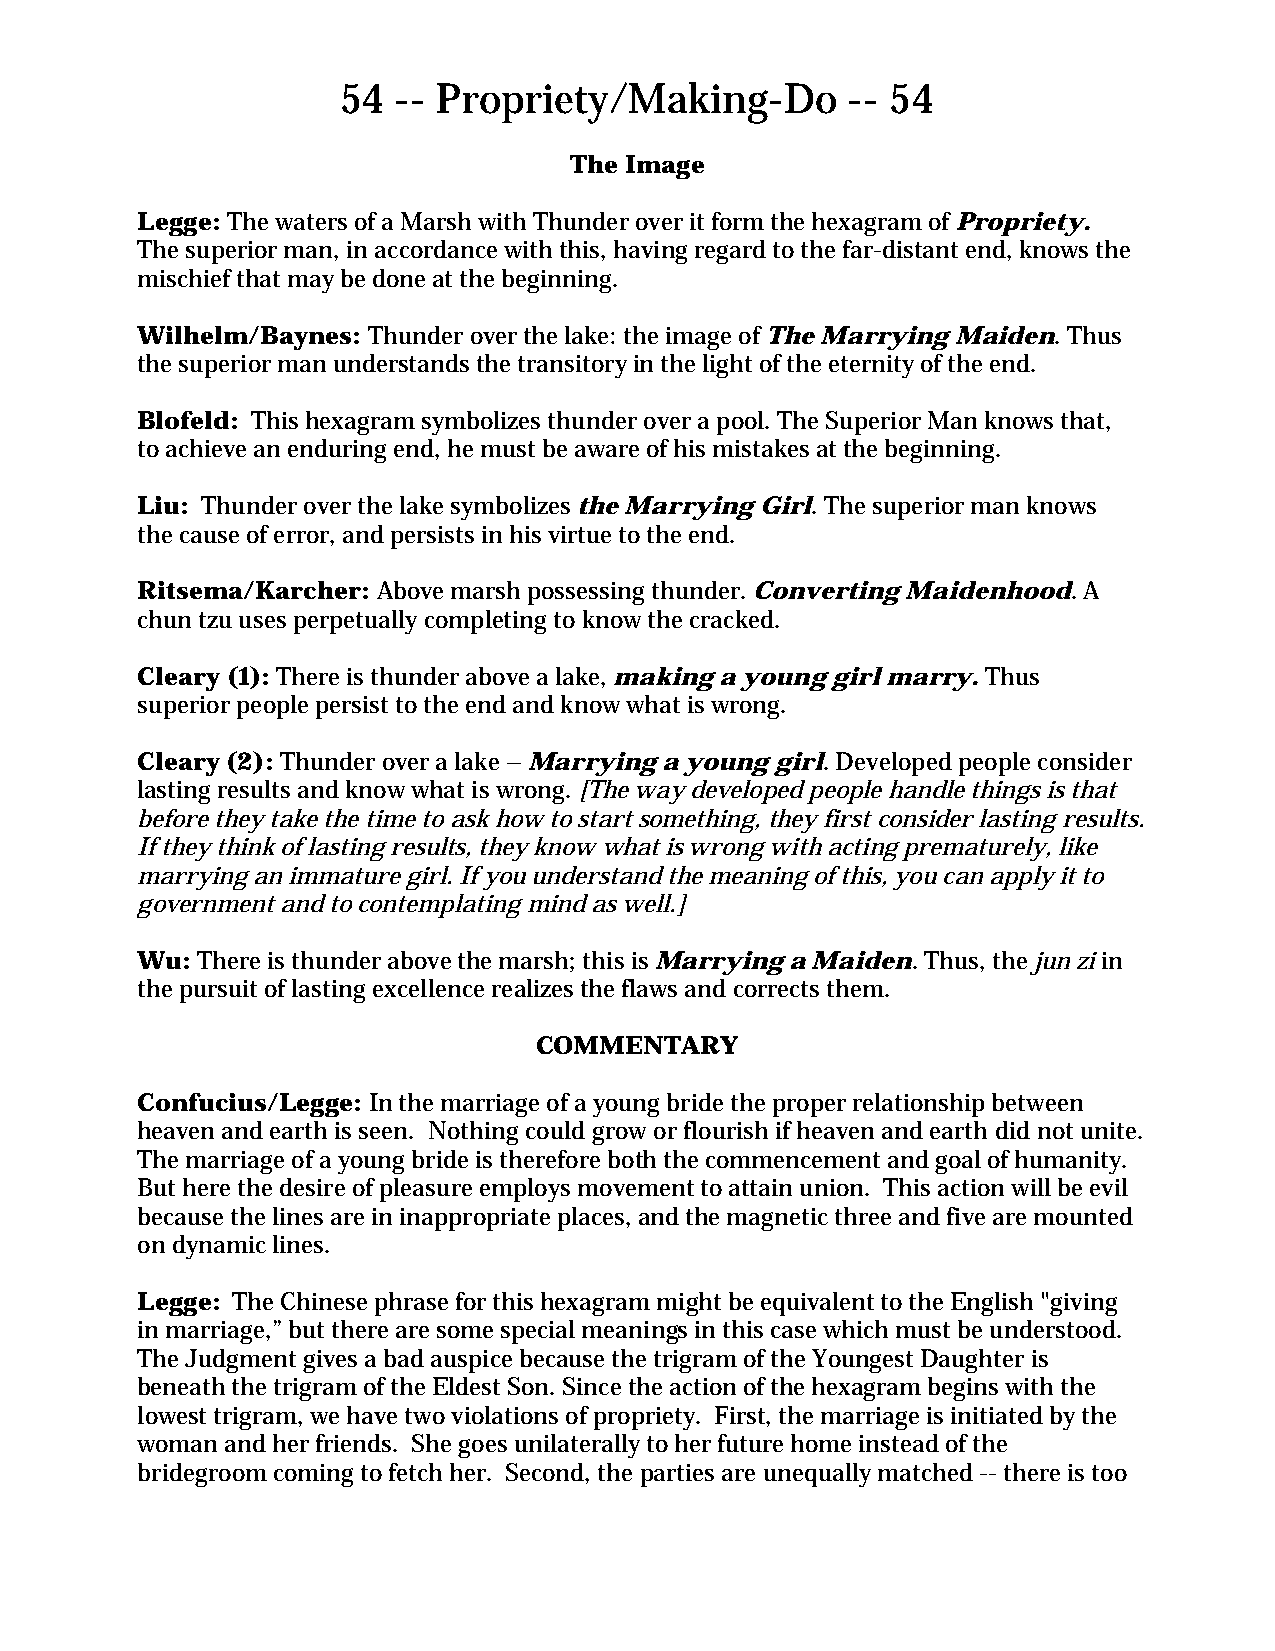
54  -- Propriety/Making-Do        -- 54
 The Image
 Legge: The waters of a Marsh with Thunder over it form the hexagram of Propriety.
 The superior man, in accordance with this, having regard to the far-distant end, knows the
 mischief that may be done at the beginning.
 Wilhelm/Baynes: Thunder over the lake: the image of The Marrying Maiden. Thus
 the superior man understands the transitory in the light of the eternity of the end.
 Blofeld: This hexagram symbolizes thunder over a pool. The Superior Man knows that,
 to achieve an enduring end, he must be aware of his mistakes at the beginning.
 Liu: Thunder over the lake symbolizes the Marrying Girl. The superior man knows
 the cause of error, and persists in his virtue to the end.
 Ritsema/Karcher: Above marsh possessing thunder. Converting Maidenhood. A
 chun tzu uses perpetually completing to know the cracked.
 Cleary (1): There is thunder above a lake, making a young girl marry. Thus
 superior people persist to the end and know what is wrong.
 Cleary (2): Thunder over a lake – Marrying a young girl. Developed people consider
 lasting results and know what is wrong. [The way developed people handle things is that
 before they take the time to ask how to start something, they first consider lasting results.
 If they think of lasting results, they know what is wrong with acting prematurely, like
 marrying an immature girl. If you understand the meaning of this, you can apply it to
 government and to contemplating mind as well.]
 Wu: There is thunder above the marsh; this is Marrying a Maiden. Thus, the jun zi in
 the pursuit of lasting excellence realizes the flaws and corrects them.
 COMMENTARY
 Confucius/Legge: In the marriage of a young bride the proper relationship between
 heaven and earth is seen. Nothing could grow or flourish if heaven and earth did not unite.
 The marriage of a young bride is therefore both the commencement and goal of humanity.
 But here the desire of pleasure employs movement to attain union. This action will be evil
 because the lines are in inappropriate places, and the magnetic three and five are mounted
 on dynamic lines.
 Legge: The Chinese phrase for this hexagram might be equivalent to the English "giving
 in marriage,” but there are some special meanings in this case which must be understood.
 The Judgment gives a bad auspice because the trigram of the Youngest Daughter is
 beneath the trigram of the Eldest Son. Since the action of the hexagram begins with the
 lowest trigram, we have two violations of propriety. First, the marriage is initiated by the
 woman and her friends. She goes unilaterally to her future home instead of the
 bridegroom coming to fetch her. Second, the parties are unequally matched -- there is too